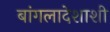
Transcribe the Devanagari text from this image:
बांगलादेशाशी